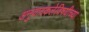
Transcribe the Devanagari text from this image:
अनुवादकलेविषयीच्या